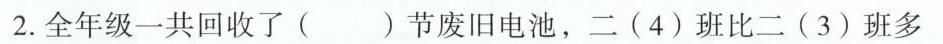
2.全年级一共回收了()节废旧电池，二(4)班比二(3)班多